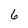
Character: 6